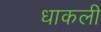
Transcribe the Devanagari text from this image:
धाकली